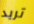
تريد